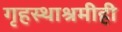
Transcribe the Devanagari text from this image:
गृहस्थाश्रमीही